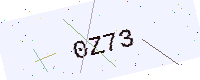
Text: 0Z73